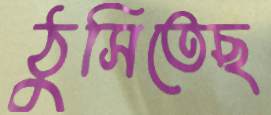
ঠুসিতেছ